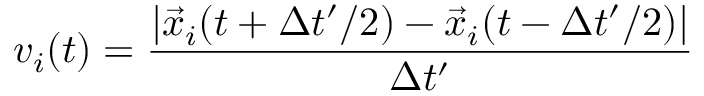
v _ { i } ( t ) = \frac { | \vec { x } _ { i } ( t + \Delta t ^ { \prime } / 2 ) - \vec { x } _ { i } ( t - \Delta t ^ { \prime } / 2 ) | } { \Delta t ^ { \prime } }